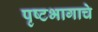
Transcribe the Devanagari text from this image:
पृष्टभागाचे